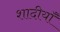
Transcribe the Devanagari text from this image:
शादीयाॅं